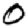
Digit: 0